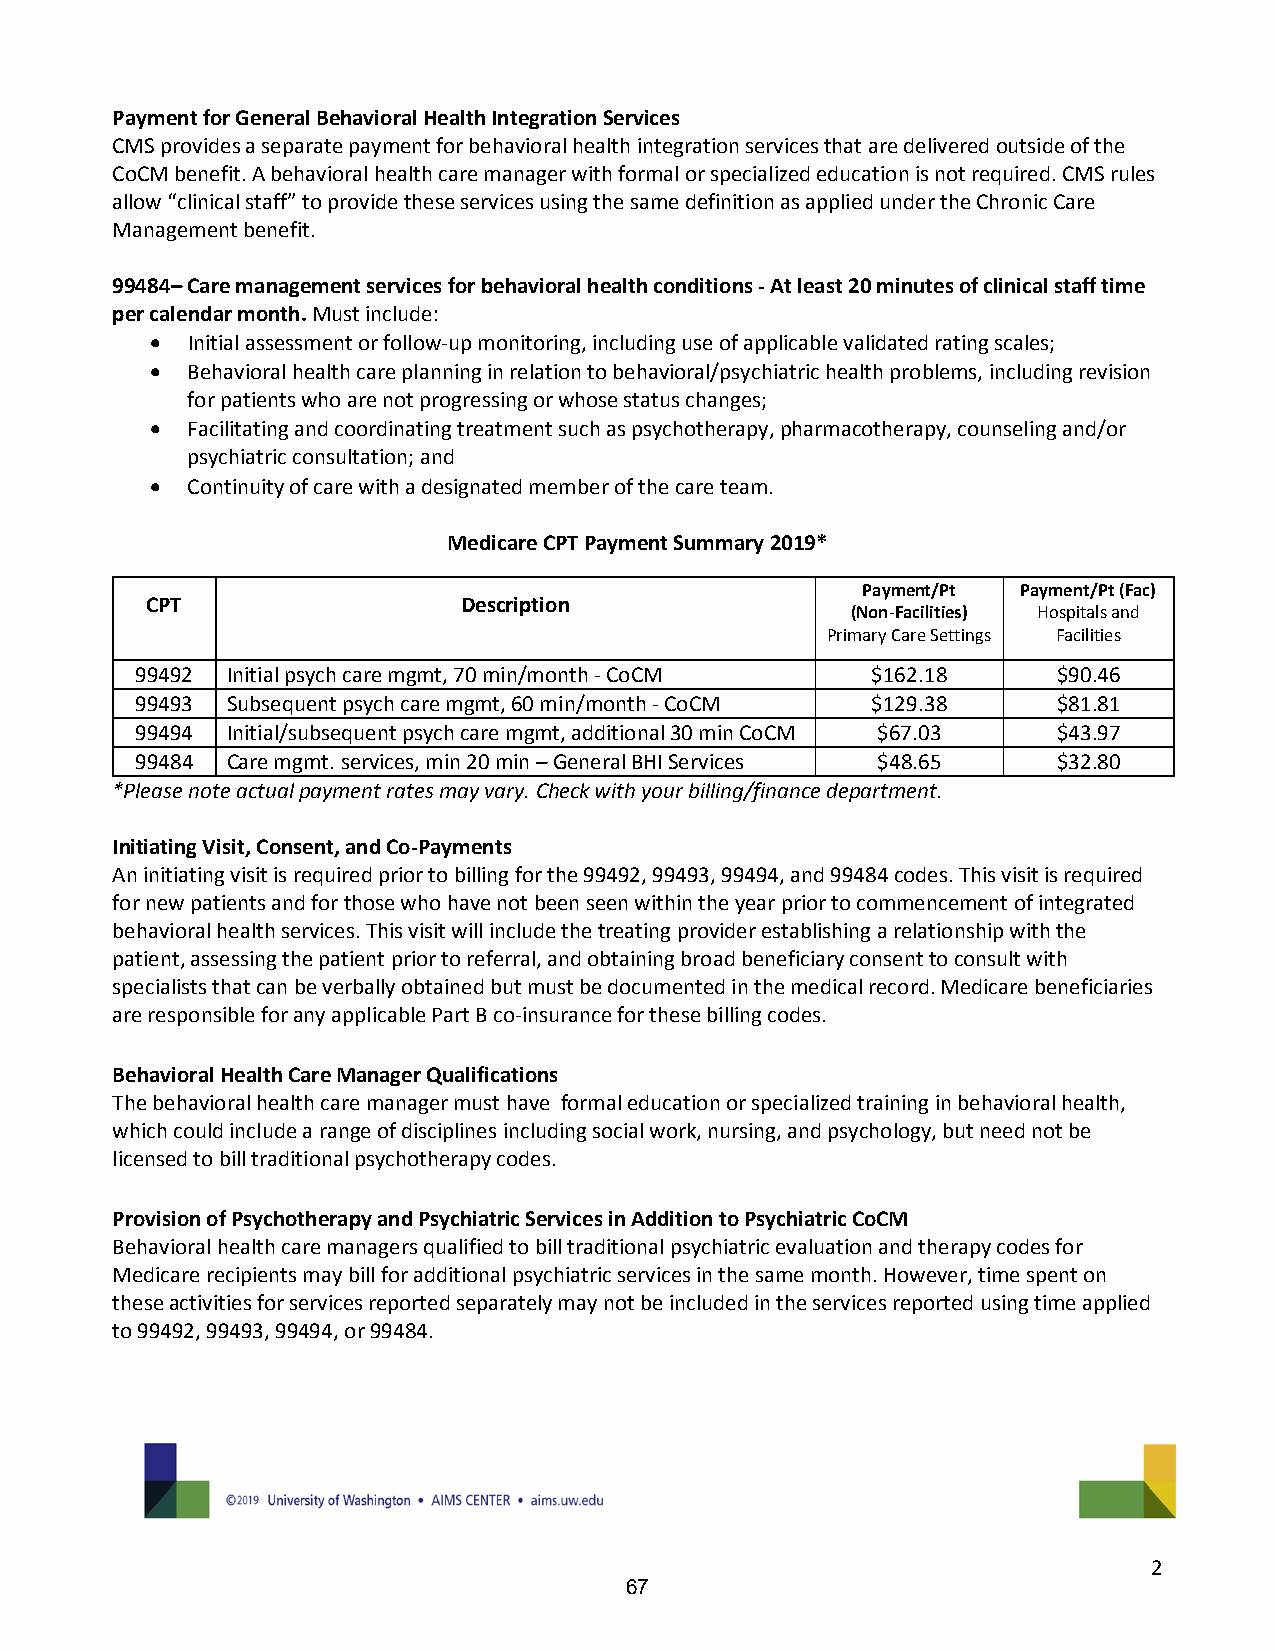
Payment for General Behavioral Health Integration Services
 CMS provides a separate payment for behavioral health integration services that are delivered outside of the
 CoCM benefit. A behavioral health care manager with formal or specialized education is not required. CMS rules
 allow “clinical staff” to provide these services using the same definition as applied under the Chronic Care
 Management benefit.
 99484– Care management services for behavioral health conditions - At least 20 minutes of clinical staff time
 per calendar month. Must include:
 • Initial assessment or follow-up monitoring, including use of applicable validated rating scales;
 • Behavioral health care planning in relation to behavioral/psychiatric health problems, including revision
 for patients who are not progressing or whose status changes;
 • Facilitating and coordinating treatment such as psychotherapy, pharmacotherapy, counseling and/or
 psychiatric consultation; and
 • Continuity of care with a designated member of the care team.
 Medicare CPT Payment Summary 2019*
 Payment/Pt Payment/Pt (Fac)
 CPT                  Description
 (Non-Facilities) Hospitals and
 Primary Care Settings Facilities
 99492 Initial psych care mgmt, 70 min/month - CoCM $162.18   $90.46
 99493 Subsequent psych care mgmt, 60 min/month - CoCM $129.38 $81.81
 99494 Initial/subsequent psych care mgmt, additional 30 min CoCM $67.03 $43.97
 99484 Care mgmt. services, min 20 min – General BHI Services $48.65 $32.80
 *Please note actual payment rates may vary. Check with your billing/finance department.
 Initiating Visit, Consent, and Co-Payments
 An initiating visit is required prior to billing for the 99492, 99493, 99494, and 99484 codes. This visit is required
 for new patients and for those who have not been seen within the year prior to commencement of integrated
 behavioral health services. This visit will include the treating provider establishing a relationship with the
 patient, assessing the patient prior to referral, and obtaining broad beneficiary consent to consult with
 specialists that can be verbally obtained but must be documented in the medical record. Medicare beneficiaries
 are responsible for any applicable Part B co-insurance for these billing codes.
 Behavioral Health Care Manager Qualifications
 The behavioral health care manager must have formal education or specialized training in behavioral health,
 which could include a range of disciplines including social work, nursing, and psychology, but need not be
 licensed to bill traditional psychotherapy codes.
 Provision of Psychotherapy and Psychiatric Services in Addition to Psychiatric CoCM
 Behavioral health care managers qualified to bill traditional psychiatric evaluation and therapy codes for
 Medicare recipients may bill for additional psychiatric services in the same month. However, time spent on
 these activities for services reported separately may not be included in the services reported using time applied
 to 99492, 99493, 99494, or 99484.
 2
 67